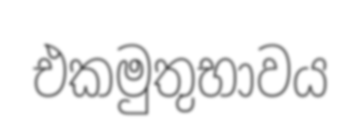
එකමුතුභාවය